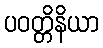
ပဝတ္တိနိယာ